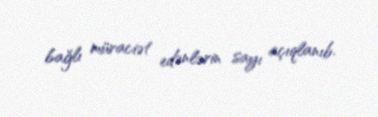
bağlı müraciət edənlərin sayı açıqlanıb.